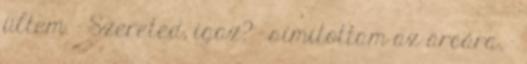
ültem. - Szereted, igaz? - simítottam az arcára. -